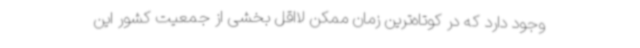
وجود دارد که در کوتاه‌ترین زمان ممکن لااقل بخشی از جمعیت کشور این